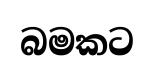
බමකට